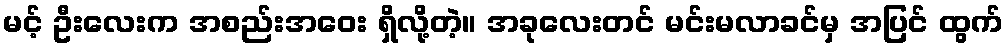
မင့် ဦးလေးက အစည်းအဝေး ရှိလို့တဲ့။ အခုလေးတင် မင်းမလာခင်မှ အပြင် ထွက်